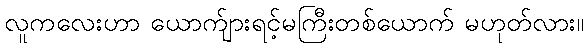
လူကလေးဟာ ယောက်ျားရင့်မကြီးတစ်ယောက် မဟုတ်လား။